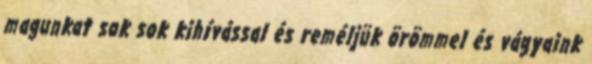
magunkat sok sok kihívással és reméljük örömmel és vágyaink